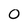
Character: 0